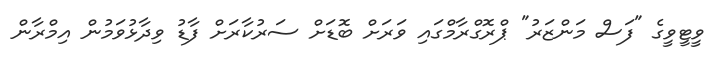
ވީޓީވީގެ "ފަސް މަންޒަރު" ޕްރޮގްރާމްގައި ވަރަށް ބޮޑަށް ސަރުކާރަށް ފާޑު ވިދާޅުވަމުން އިމްރާން